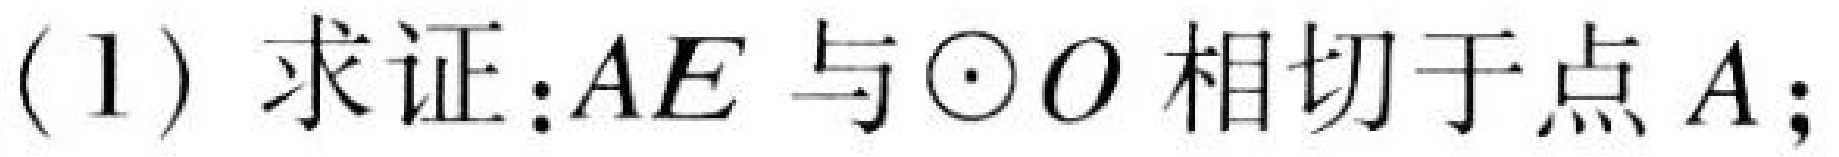
(1) 求证：\(AE\)与\(\odot O\)相切于点\(A\)；